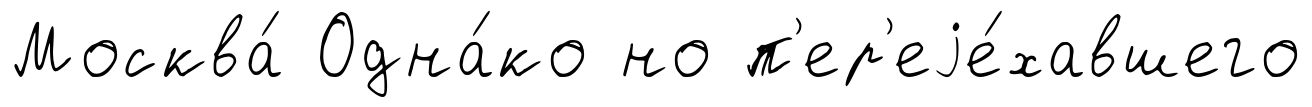
Москва́ Одна́ко но п'ер'еjе́хавшего